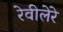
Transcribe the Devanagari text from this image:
रेवीलेरे